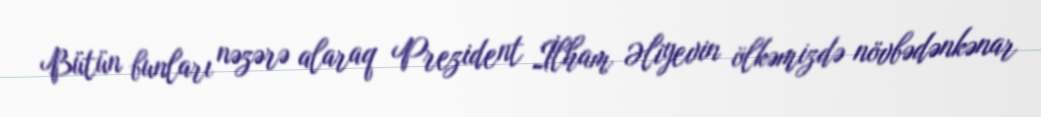
Bütün bunları nəzərə alaraq Prezident İlham Əliyevin ölkəmizdə növbədənkənar